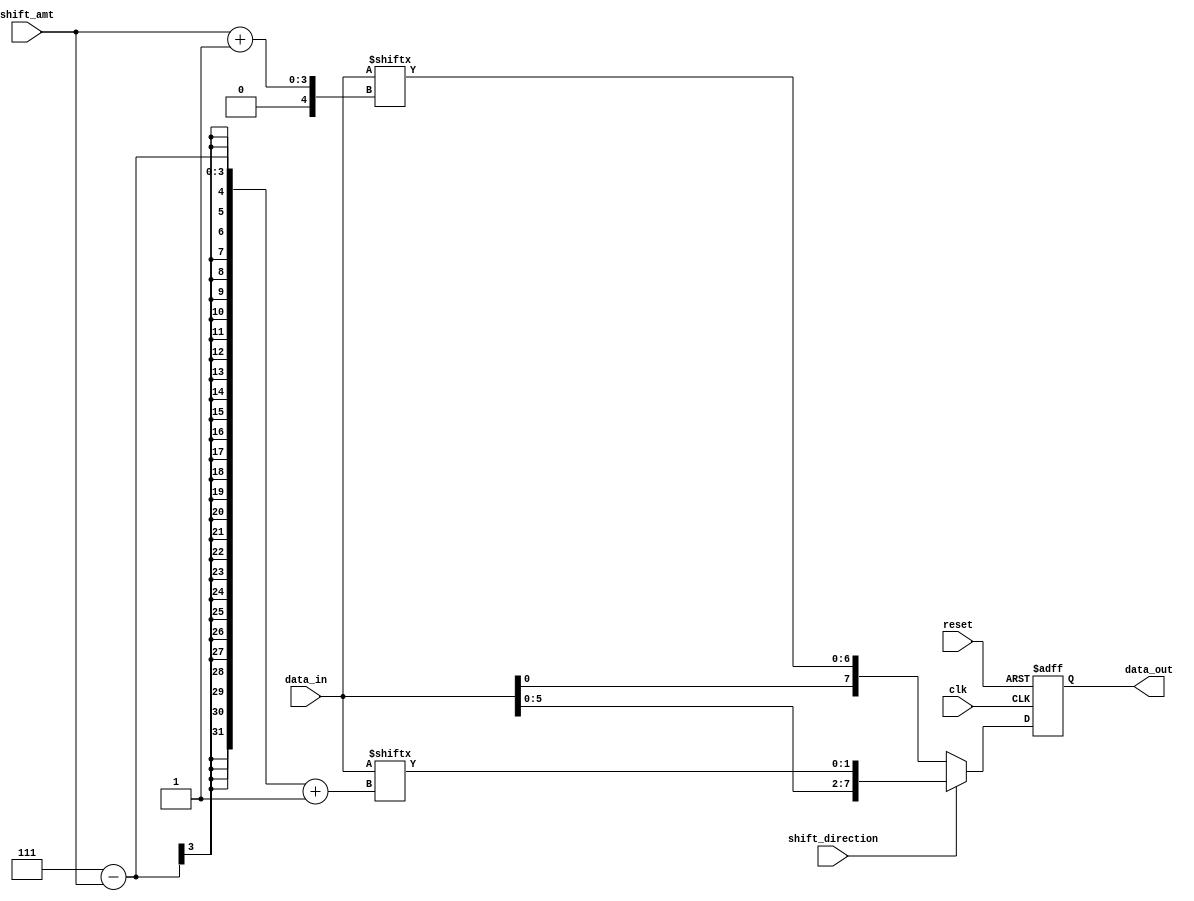
module Barrel_Shifter (
  input wire clk,
  input wire reset,
  input wire [7:0] data_in,
  input wire [2:0] shift_amt,
  input wire shift_direction, // 0 for left, 1 for right
  output wire [7:0] data_out
);

  reg [7:0] shifted_data;

  always @(posedge clk or posedge reset) begin
    if (reset) begin
      shifted_data <= 8'b0;
    end else begin
      if (shift_direction == 0) begin // left shift
        shifted_data <= {data_in[shift_amt+7:0], data_in[7:shift_amt+1]};
      end else begin // right shift
        shifted_data <= {data_in[7-shift_amt:0], data_in[7:7-shift_amt+1]};
      end
    end
  end

  assign data_out = shifted_data;

endmodule